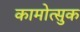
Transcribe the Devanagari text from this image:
कामोत्सुक